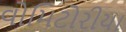
વોમિટોરીયા